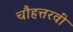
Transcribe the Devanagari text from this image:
चौहत्तरवीं